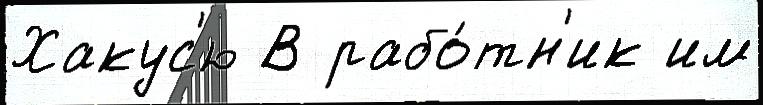
Хакус'ю В рабо́тн'ик им